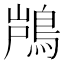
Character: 𮬵